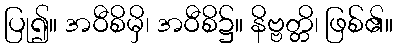
ပြု၍။ အဝီစိမှိ၊ အဝီစိ၌။ နိဗ္ဗတ္တိ၊ ဖြစ်၏။